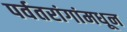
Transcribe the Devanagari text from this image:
पर्वतरांगांमधून